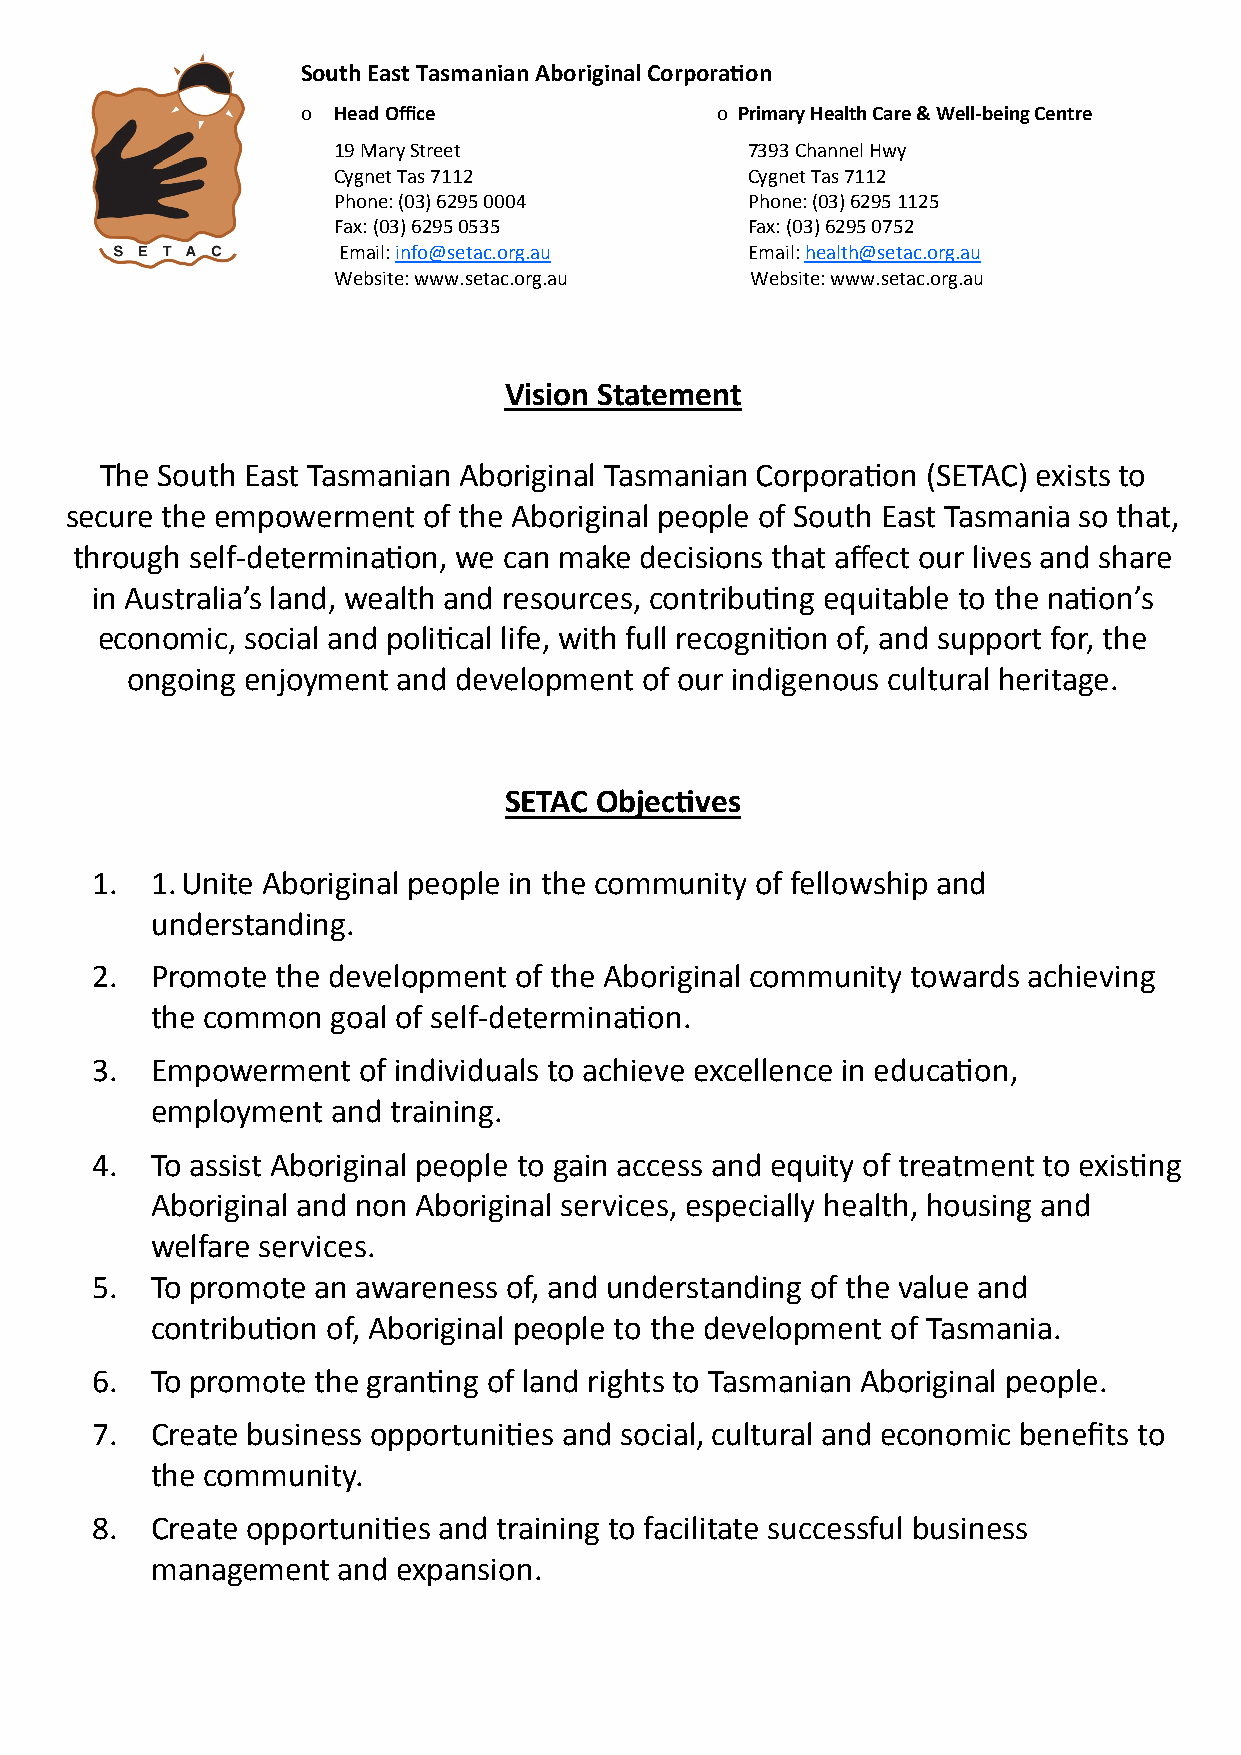
South East Tasmanian Aboriginal Corporation
 o Head Office              o Primary Health Care & Well-being Centre
 19 Mary Street             7393 Channel Hwy
 Cygnet Tas 7112            Cygnet Tas 7112
 Phone: (03) 6295 0004      Phone: (03) 6295 1125
 Fax: (03) 6295 0535        Fax: (03) 6295 0752
 Email: info@setac.org.au   Email: health@setac.org.au
 Website: www.setac.org.au   Website: www.setac.org.au
 Vision Statement
 The South East Tasmanian Aboriginal Tasmanian Corporation (SETAC) exists to
 secure the empowerment  of the Aboriginal people of South East Tasmania so that,
 through self-determination, we can make decisions that affect our lives and share
 in Australia’s land, wealth and resources, contributing equitable to the nation’s
 economic, social and political life, with full recognition of, and support for, the
 ongoing enjoyment and development  of our indigenous cultural heritage.
 SETAC Objectives
 1.  1. Unite Aboriginal people in the community of fellowship and
 understanding.
 2.  Promote the development of the Aboriginal community towards achieving
 the common  goal of self-determination.
 3.  Empowerment   of individuals to achieve excellence in education,
 employment  and training.
 4.  To assist Aboriginal people to gain access and equity of treatment to existing
 Aboriginal and non Aboriginal services, especially health, housing and
 welfare services.
 5.  To promote an awareness of, and understanding of the value and
 contribution of, Aboriginal people to the development of Tasmania.
 6.  To promote the granting of land rights to Tasmanian Aboriginal people.
 7.  Create business opportunities and social, cultural and economic benefits to
 the community.
 8.  Create opportunities and training to facilitate successful business
 management  and expansion.